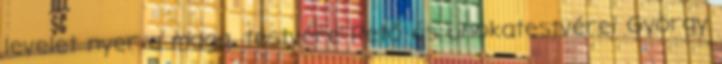
levelet nyer a maga, testvére Pető és unokatestvérei György